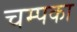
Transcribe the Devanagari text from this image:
चम्पका